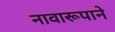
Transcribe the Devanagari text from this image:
नावारूपाने